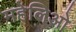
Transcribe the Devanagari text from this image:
महेलिओ